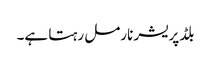
بلڈپریشر نارمل رہتا ہے۔